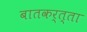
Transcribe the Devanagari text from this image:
बातकर्त्ता